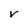
Character: r